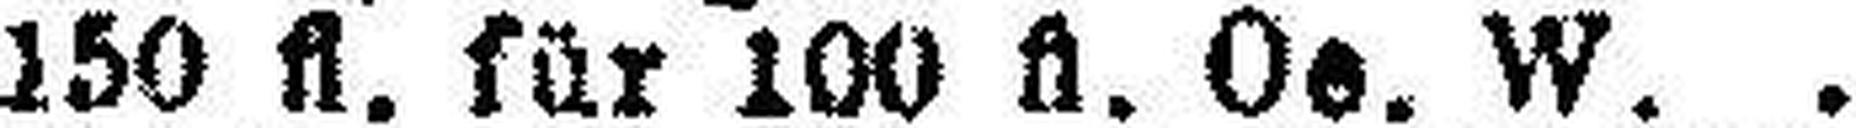
150 fl. für 100 fl. Oe. W.